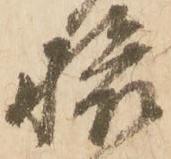
旅